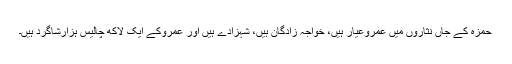
حمزہ کے جاں نثاروں میں عَمروعیار ہیں، خواجہ زادگان ہیں، شہزادے ہیں اور عمروکے ایک لاکھ چالیس ہزارشاگرد ہیں۔